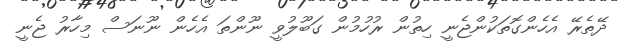
ދޭތެރޭ އެހެންގޮތަކުންޖެނީ ހިތުން ރުހުމުން ގަބޫލުވީ ނޫންތަ އެހެން ނޫނަސް މިހާރު ޖެނީ